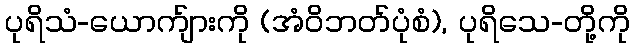
ပုရိသံ-ယောက်ျားကို (အံဝိဘတ်ပုံစံ), ပုရိသေ-တို့ကို